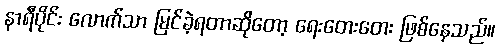
နာရီပိုင်း လောက်သာ မြင်ခဲ့ရတာဆိုတော့ ရေးတေးတေး ဖြစ်နေသည်။